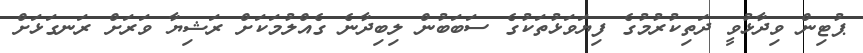
ޕުޓިން ވިދާޅުވީ ދަތިކުރުމުގެ ފިޔަވަޅުތަކުގެ ސަބަބުން ލިބިދާނެ ގެއްލުމަކަށް ރަޝިޔާ ވަރަށް ރަނގަޅަށް